Annual report on the Civil Veterinary Department, Burma (including the Insein Veterinary School) - 1910-1922
Year: 1910
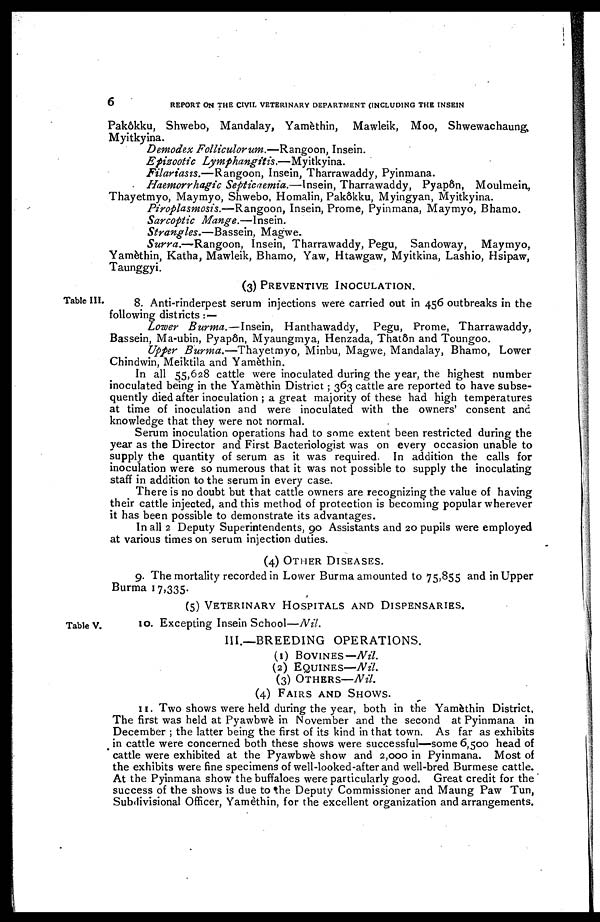
6
REPORT ON THE CIVIL VETERINARY DEPARTMENT (INCLUDING THE INSEIN
Pakôkku, Shwebo, Mandalay, Yamèthin, Mawleik, Moo, Shwewachaung,
Myitkyina.
Demodex Folliculorum.—Rangoon, Insein.
Epizootic
Lymphangitis.—Myitkyina.
Filariasis.—Rangoon, Insein, Tharrawaddy, Pyinmana.
Haemorrhagic Septicaemia.—Insein, Tharrawaddy, Pyapôn, Moulmein,
Thayetmyo, Maymyo, Shwebo, Homalin, Pakôkku, Myingyan, Myitkyina.
Piroplasmosis.—Rangoon, Insein, Prome, Pyinmana, Maymyo, Bhamo.
Sarcoptic Mange.—Insein.
Strangles.—Bassein, Magwe.
Surra.—Rangoon, Insein, Tharrawaddy, Pegu, Sandoway, Maymyo,
Yamèthin, Katha, Mawleik, Bhamo, Yaw, Htawgaw, Myitkina, Lashio, Hsipaw,
Taunggyi.
(3) PREVENTIVE INOCULATION.
Table III.
8. Anti-rinderpest serum injections were carried out in 456 outbreaks in the
following districts : —
Lower Burma.—Insein, Hanthawaddy, Pegu, Prome, Tharrawaddy,
Bassein, Ma-ubin, Pyapôn, Myaungmya, Henzada, Thatôn and Toungoo.
Upper Burma.—Thayetmyo, Minbu, Magwe, Mandalay, Bhamo, Lower
Chindwin, Meiktila and Yamèthin.
In all 55,628 cattle were inoculated during the year, the highest number
inoculated being in the Yamèthin District; 363 cattle are reported to have subse-
quently died after inoculation ; a great majority of these had high temperatures
at time of inoculation and were inoculated with the owners' consent and
knowledge that they were not normal.
Serum inoculation operations had to some extent been restricted during the
year as the Director and First Bacteriologist was on every occasion unable to
supply the quantity of serum as it was required. In addition the calls for
inoculation were so numerous that it was not possible to supply the inoculating
staff in addition to the serum in every case.
There is no doubt but that cattle owners are recognizing the value of having
their cattle injected, and this method of protection is becoming popular wherever
it has been possible to demonstrate its advantages.
In all 2 Deputy Superintendents, 90 Assistants and 20 pupils were employed
at various times on serum injection duties.
(4) OTHER DISEASES.
9. The mortality recorded in Lower Burma amounted to 75,855 and in Upper
Burma 17,335.
(5) VETERINARY HOSPITALS AND DISPENSARIES.
Table V.
10. Excepting Insein School—Nil.
III.—BREEDING OPERATIONS.
(1)BOVINES— Nil.
(2)EQUINES—Nil.
(3)OTHERS—Nil.
(4)FAIRS AND SHOWS.
11. Two shows were held during the year, both in the Yamèthin District,
The first was held at Pyawbwè in November and the second at Pyinmana in
December ; the latter being the first of its kind in that town. As far as exhibits
in cattle were concerned both these shows were successful—some 6,500 head of
cattle were exhibited at the Pyawbwè show and 2,000 in Pyinmana. Most of
the exhibits were fine specimens of well-looked-after and well-bred Burmese cattle.
At the Pyinmana show the buffaloes were particularly good. Great credit for the
success of the shows is due to the Deputy Commissioner and Maung Paw Tun,
Subdivisional Officer, Yamèthin, for the excellent organization and arrangements.